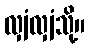
လျှံလျှံသို့။